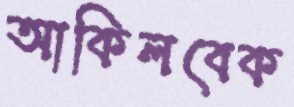
আকিলবেক